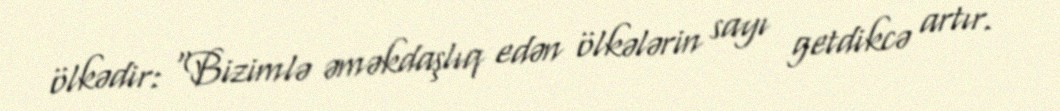
ölkədir: “Bizimlə əməkdaşlıq edən ölkələrin sayı getdikcə artır.